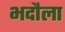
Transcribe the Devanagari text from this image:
भदौला